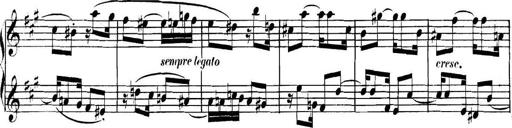
Title: Collected Piano Sonatas
Composer: Muzio Clementi